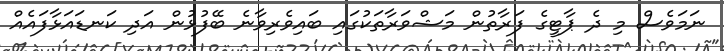
ނަމަވެސް މި ދެ ޕާޓީގެ ފަރާތުން މަޝްވަރާތަކުގައި ބައިވެރިވާނެ ބޭފުޅުން އަދި ކަނޑައަޅާފައެއް